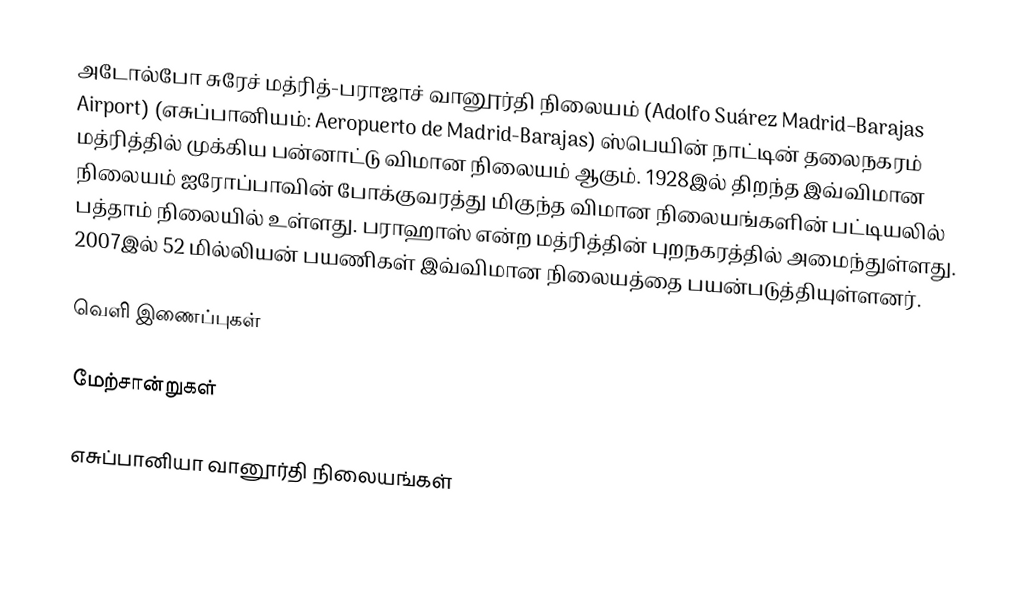
அடோல்போ சுரேச் மத்ரித்-பராஜாச் வானூர்தி நிலையம் (Adolfo Suárez Madrid–Barajas Airport) (எசுப்பானியம்: Aeropuerto de Madrid-Barajas) ஸ்பெயின் நாட்டின் தலைநகரம் மத்ரித்தில் முக்கிய பன்னாட்டு விமான நிலையம் ஆகும். 1928இல் திறந்த இவ்விமான நிலையம் ஐரோப்பாவின் போக்குவரத்து மிகுந்த விமான நிலையங்களின் பட்டியலில் பத்தாம் நிலையில் உள்ளது. பராஹாஸ் என்ற மத்ரித்தின் புறநகரத்தில் அமைந்துள்ளது. 2007இல் 52 மில்லியன் பயணிகள் இவ்விமான நிலையத்தை பயன்படுத்தியுள்ளனர்.

வெளி இணைப்புகள்

மேற்சான்றுகள்

எசுப்பானியா வானூர்தி நிலையங்கள்